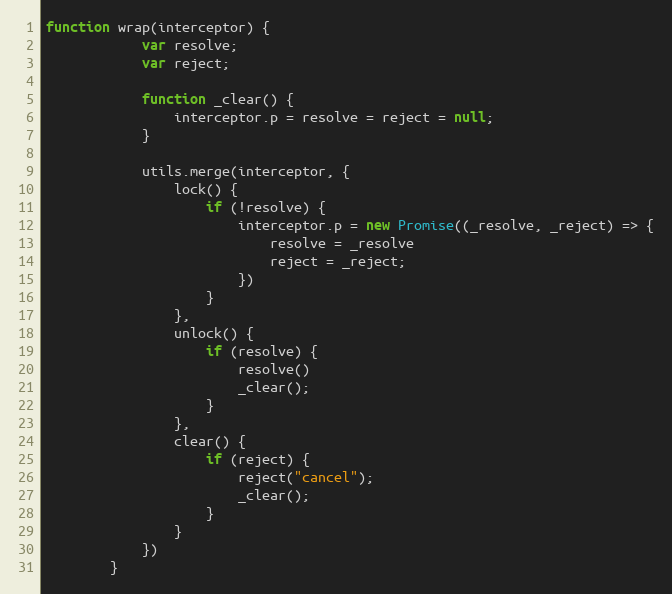
Language: JavaScript
function wrap(interceptor) {
            var resolve;
            var reject;

            function _clear() {
                interceptor.p = resolve = reject = null;
            }

            utils.merge(interceptor, {
                lock() {
                    if (!resolve) {
                        interceptor.p = new Promise((_resolve, _reject) => {
                            resolve = _resolve
                            reject = _reject;
                        })
                    }
                },
                unlock() {
                    if (resolve) {
                        resolve()
                        _clear();
                    }
                },
                clear() {
                    if (reject) {
                        reject("cancel");
                        _clear();
                    }
                }
            })
        }